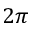
2 \pi